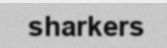
sharkers